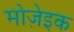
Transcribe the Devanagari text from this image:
मोजे़इक